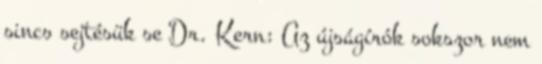
sincs sejtésük se Dr. Kern: Az újságírók sokszor nem